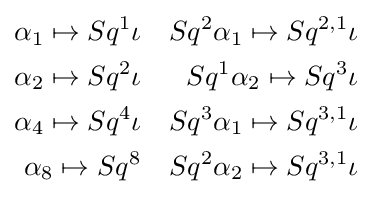
{\begin{aligned}\alpha _{1}\mapsto Sq^{1}\iota &&Sq^{2}\alpha _{1}\mapsto Sq^{2,1}\iota \\\alpha _{2}\mapsto Sq^{2}\iota &&Sq^{1}\alpha _{2}\mapsto Sq^{3}\iota \\\alpha _{4}\mapsto Sq^{4}\iota &&Sq^{3}\alpha _{1}\mapsto Sq^{3,1}\iota \\\alpha _{8}\mapsto Sq^{8}&&Sq^{2}\alpha _{2}\mapsto Sq^{3,1}\iota \end{aligned}}